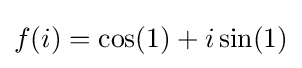
{\textstyle f(i)=\cos(1)+i\sin(1)}